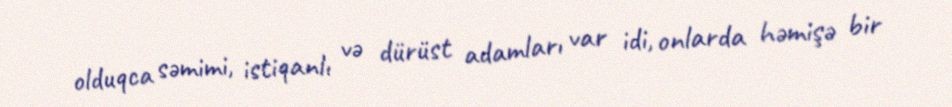
olduqca səmimi, istiqanlı və dürüst adamları var idi, onlarda həmişə bir